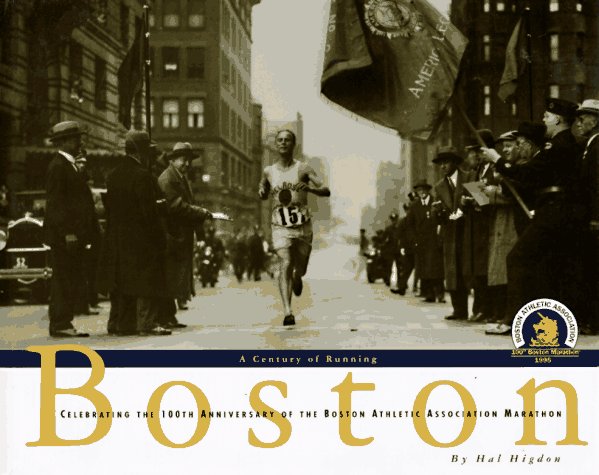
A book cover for Boston, a Century of Running : Celebrating the 100th Anniversary of the Boston Athletic Association Marathon; Hal Higdon; Sports & Outdoors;